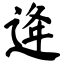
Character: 逄